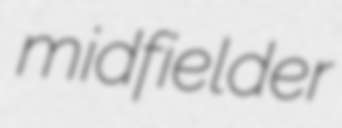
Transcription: midfielder